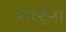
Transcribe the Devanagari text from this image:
मास्ट्रेना